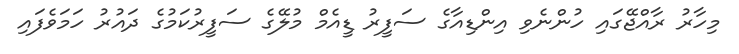
މިހާރު ރާއްޖޭގައި ހުންނެވި އިންޑިއާގެ ސަފީރު ޑީއެމް މުލޭގެ ސަފީރުކަމުގެ ދައުރު ހަމަވެފައި